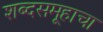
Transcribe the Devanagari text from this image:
शब्दसमूहाचा